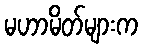
မဟာမိတ်များက